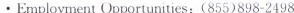
Employment Opportunities:(855)898-2498